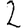
Digit: 2